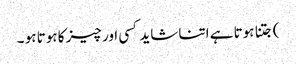
) جتنا ہوتا ہے اتنا شاید کسی اور چیز کا ہوتا ہو ۔